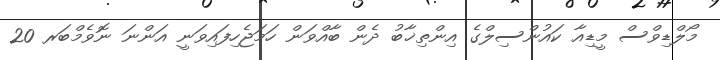
މޯލްޑިވްސް މީޑިއާ ކައުންސިލްގެ އިންތިޚާބު ދެން ބާއްވަން ހަމަޖެހިފައިވަނީ އަންނަ ނޮވެމްބަރ 20